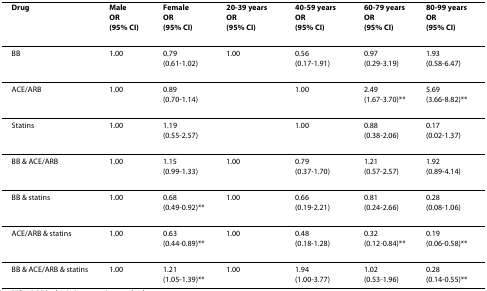
| Drug | MaleOR(95% CI) | FemaleOR(95% CI) | 20-39 yearsOR(95% CI) | 40-59 yearsOR(95% CI) | 60-79 yearsOR(95% CI) | 80-99 yearsOR(95% CI) |
 | --- | --- | --- | --- | --- | --- | --- |
 | BB | 1.00 | 0.79(0.61-1.02) | 1.00 | 0.56(0.17-1.91) | 0.97(0.29-3.19) | 1.93(0.58-6.47) |
 | ACE/ARB | 1.00 | 0.89(0.70-1.14) |  | 1.00 | 2.49(1.67-3.70)** | 5.69(3.66-8.82)** |
 | Statins | 1.00 | 1.19(0.55-2.57) |  | 1.00 | 0.88(0.38-2.06) | 0.17(0.02-1.37) |
 | BB & ACE/ARB | 1.00 | 1.15(0.99-1.33) | 1.00 | 0.79(0.37-1.70) | 1.21(0.57-2.57) | 1.92(0.89-4.14) |
 | BB & statins | 1.00 | 0.68(0.49-0.92)** | 1.00 | 0.66(0.19-2.21) | 0.81(0.24-2.66) | 0.28(0.08-1.06) |
 | ACE/ARB & statins | 1.00 | 0.63(0.44-0.89)** | 1.00 | 0.48(0.18-1.28) | 0.32(0.12-0.84)** | 0.19(0.06-0.58)** |
 | BB & ACE/ARB & statins | 1.00 | 1.21(1.05-1.39)** | 1.00 | 1.94(1.00-3.77) | 1.02(0.53-1.96) | 0.28(0.14-0.55)** |